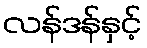
လန်ဒန်နှင့်